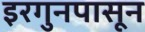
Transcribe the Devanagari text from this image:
इरगुनपासून